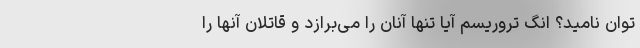
توان نامید؟ انگ تروریسم آیا تنها آنان را می‌برازد و قاتلان آنها را